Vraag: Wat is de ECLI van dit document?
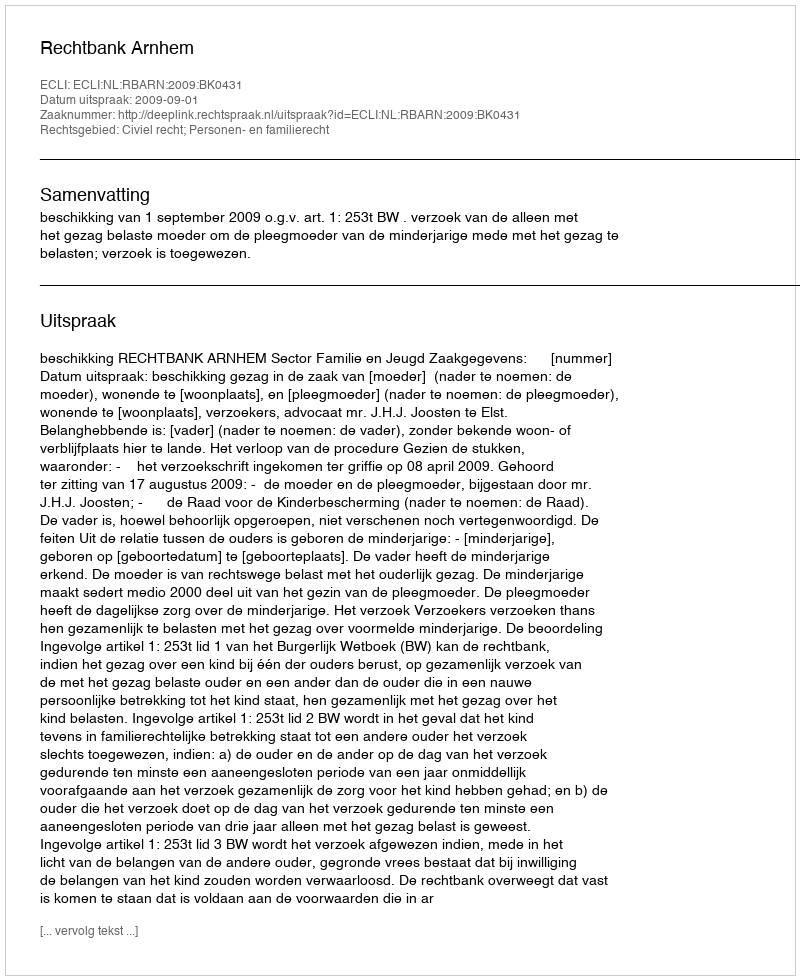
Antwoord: ECLI:NL:RBARN:2009:BK0431